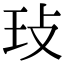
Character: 㺳